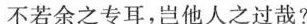
不若余之专耳，岂他人之过哉?